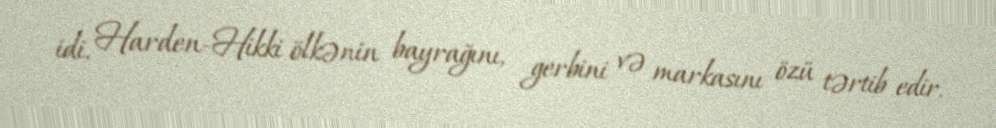
idi. Harden-Hikki ölkənin bayrağını, gerbini və markasını özü tərtib edir.